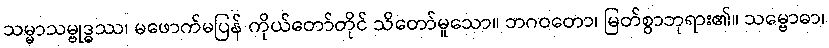
သမ္မာသမ္ဗုဒ္ဓဿ၊ မဖောက်မပြန် ကိုယ်တော်တိုင် သိတော်မူသော။ ဘဂဝတော၊ မြတ်စွာဘုရား၏။ သမ္ဗောဓာ၊